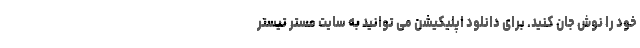
خود را نوش جان کنید. برای دانلود اپلیکیشن می توانید به سایت مستر تیستر